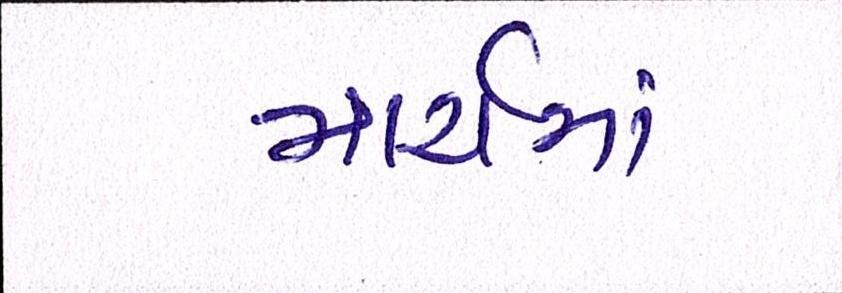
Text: માર્ચમાં